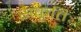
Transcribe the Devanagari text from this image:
सकृतिः